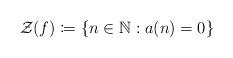
LaTeX: \begin{align*}\mathcal Z(f) \coloneqq\{n\in\mathbb N : a(n)=0\}\end{align*}